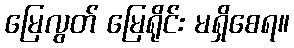
မြေလွတ် မြေရိုင်း မရှိစေရ။